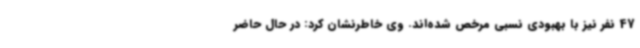
47 نفر نیز با بهبودی نسبی مرخص شده‌اند. وی خاطرنشان کرد: در حال حاضر